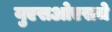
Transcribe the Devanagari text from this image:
युएसओएसचे